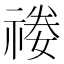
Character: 𥚿